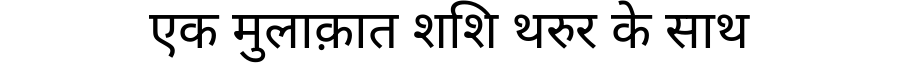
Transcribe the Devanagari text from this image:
एक मुलाक़ात शशि थरुर के साथ